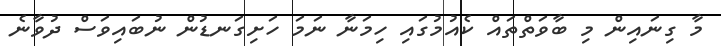
މާ ގިނައިން މި ބާވަތްތައް ކެއުމުގައި ހިމަނާ ނަމަ ހަށިގަނޑުން ނުބައިވަސް ދުވާނެ